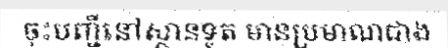
ចុះបញ្ជីនៅស្ថានទូត មានប្រមាណជាង